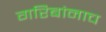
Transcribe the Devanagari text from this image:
गरिबांनाच